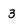
Character: 3